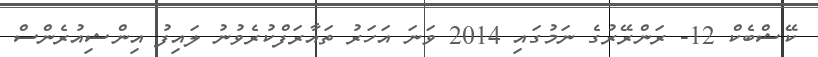
ކޭޝްބެކް 12- ރަންރޭރުގެ ނަމުގައި 2014 ވަނަ އަހަރު ތައާރަފްކުރެވުނު ލައިފު އިންޝިއުރެންސް